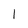
Character: l